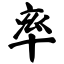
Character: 率